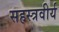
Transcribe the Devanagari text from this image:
सहस्त्रवीर्य